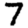
Digit: 7